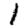
Digit: 1